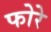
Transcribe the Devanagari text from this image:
फोरे